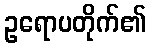
ဥရောပတိုက်၏